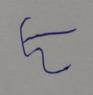
Signature authenticity: forged